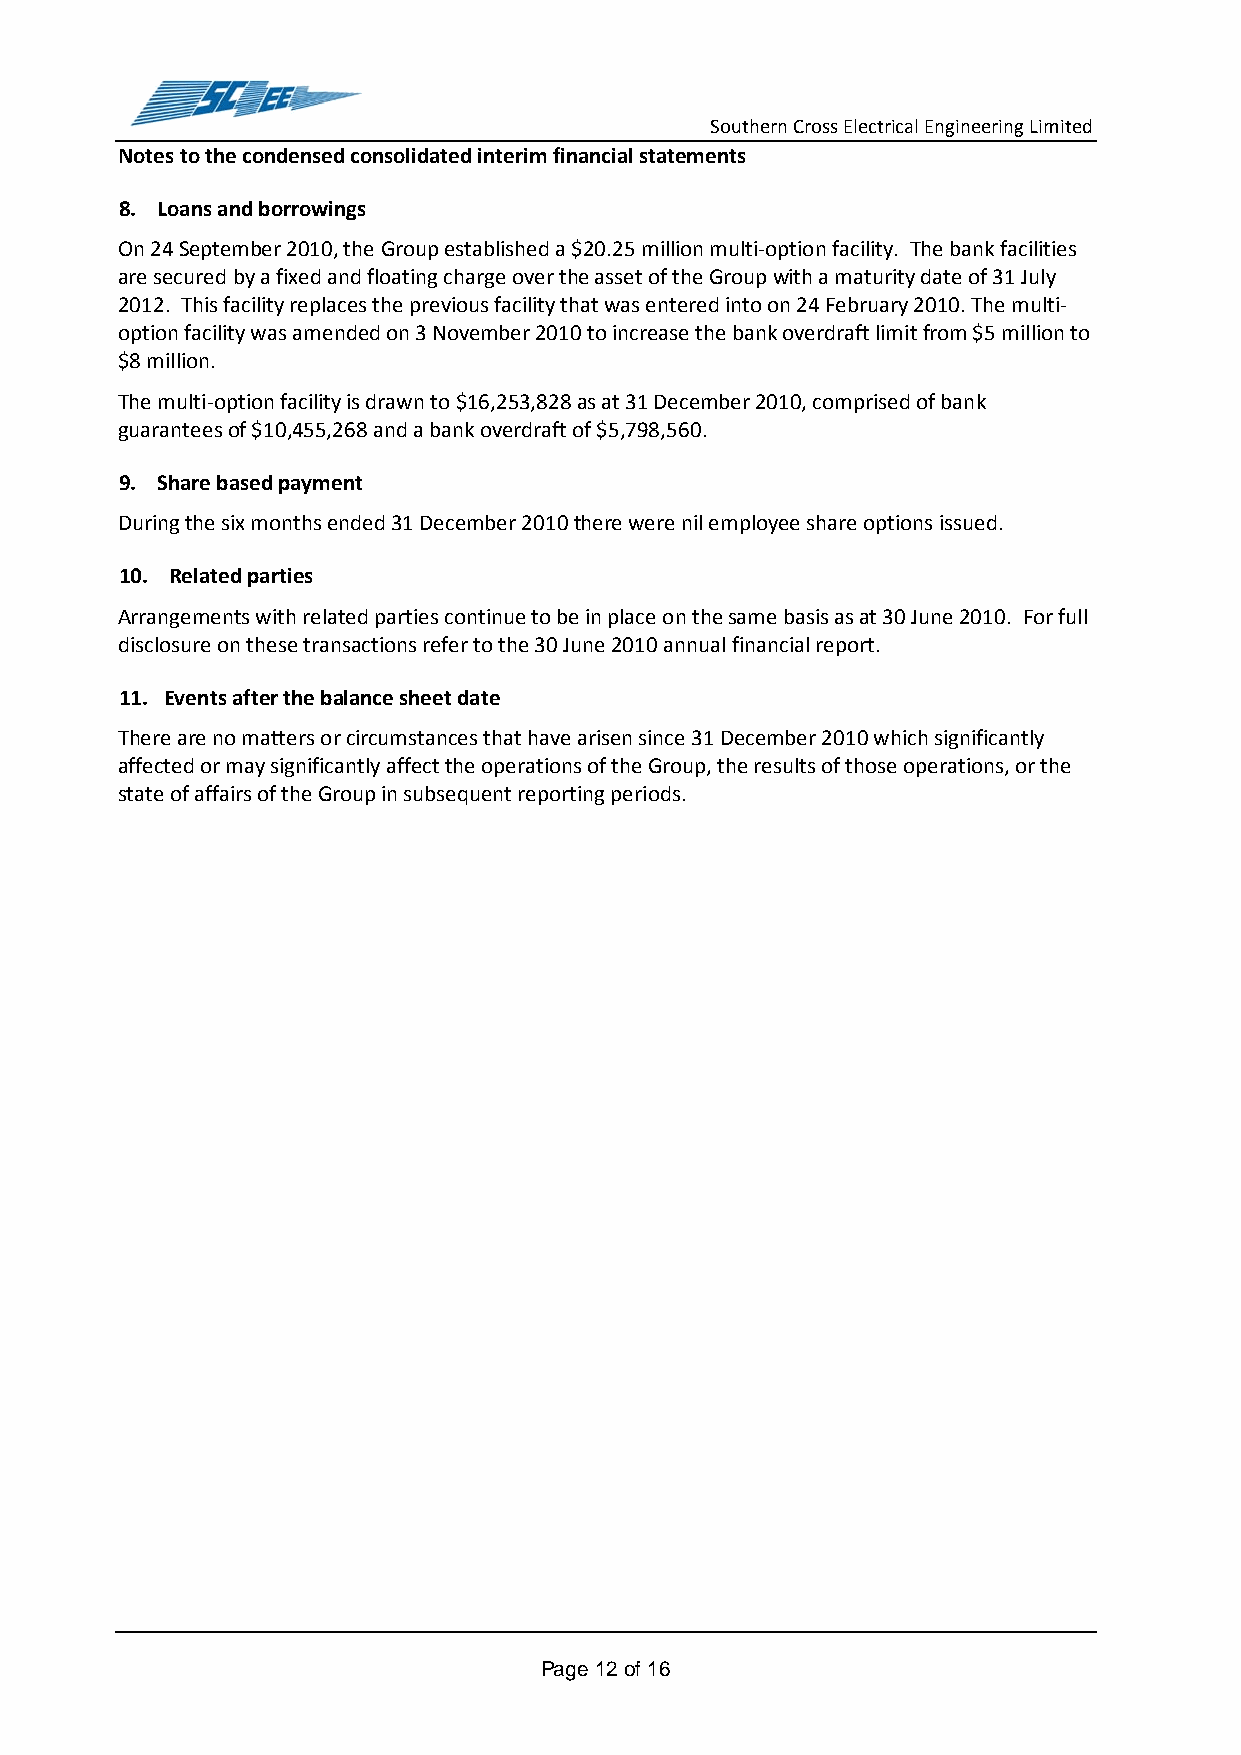
Southern Cross Electrical Engineering Limited
 Notes to the condensed consolidated interim financial statements
 8. Loans and borrowings
 On 24 September 2010, the Group established a $20.25 million multi-option facility. The bank facilities
 are secured by a fixed and floating charge over the asset of the Group with a maturity date of 31 July
 2012. This facility replaces the previous facility that was entered into on 24 February 2010. The multi-
 option facility was amended on 3 November 2010 to increase the bank overdraft limit from $5 million to
 $8 million.
 The multi-option facility is drawn to $16,253,828 as at 31 December 2010, comprised of bank
 guarantees of $10,455,268 and a bank overdraft of $5,798,560.
 9. Share based payment
 During the six months ended 31 December 2010 there were nil employee share options issued.
 10. Related parties
 Arrangements with related parties continue to be in place on the same basis as at 30 June 2010. For full
 disclosure on these transactions refer to the 30 June 2010 annual financial report.
 11. Events after the balance sheet date
 There are no matters or circumstances that have arisen since 31 December 2010 which significantly
 affected or may significantly affect the operations of the Group, the results of those operations, or the
 state of affairs of the Group in subsequent reporting periods.
 Page 12 of 16